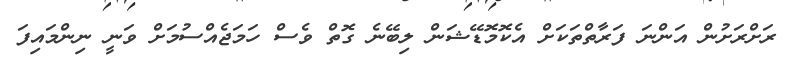
ރަށްރަށުން އަންނަ ފަރާތްތަކަށް އެކޮމޮޑޭޝަން ލިބޭނެ ގޮތް ވެސް ހަމަޖެއްސުމަށް ވަނީ ނިންމައިފަ